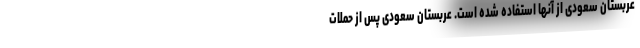
عربستان سعودی از آنها استفاده شده است. عربستان سعودی پس از حملات